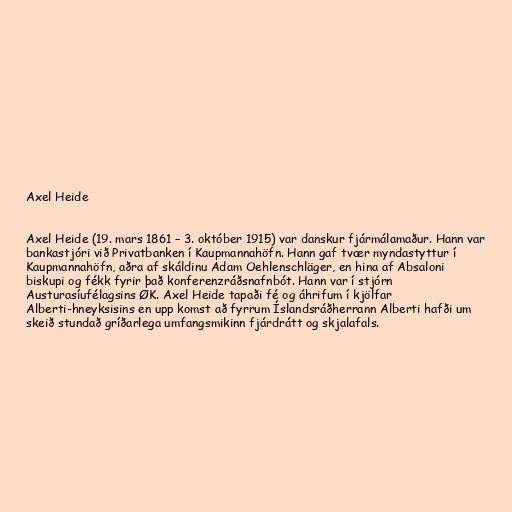
Axel Heide

Axel Heide (19. mars 1861 – 3. október 1915) var danskur fjármálamaður. Hann var
bankastjóri við Privatbanken í Kaupmannahöfn. Hann gaf tvær myndastyttur í
Kaupmannahöfn, aðra af skáldinu Adam Oehlenschläger, en hina af Absaloni
biskupi og fékk fyrir það konferenzráðsnafnbót. Hann var í stjórn
Austurasíufélagsins ØK. Axel Heide tapaði fé og áhrifum í kjölfar
Alberti-hneyksisins en upp komst að fyrrum Íslandsráðherrann Alberti hafði um
skeið stundað gríðarlega umfangsmikinn fjárdrátt og skjalafals.